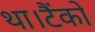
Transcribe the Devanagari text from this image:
था।टैंकों